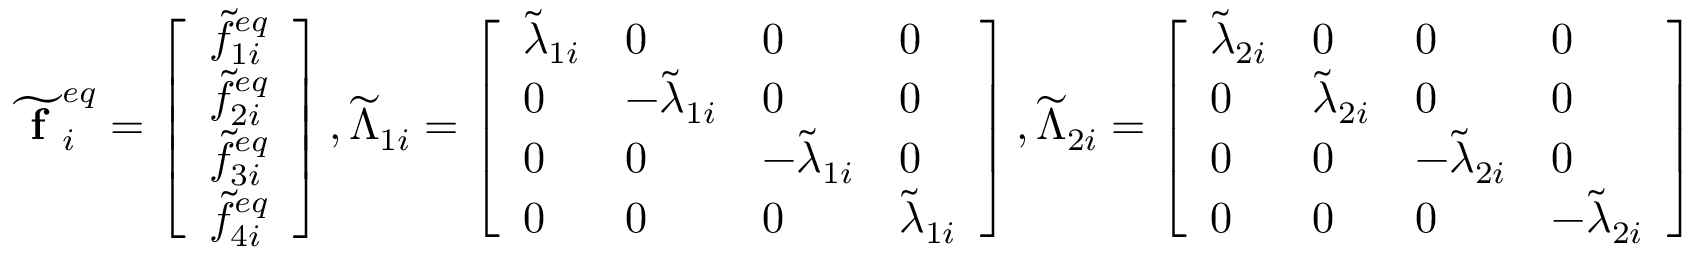
\widetilde { \textbf { f } } _ { i } ^ { e q } = \left[ \begin{array} { l } { \widetilde { f } _ { 1 i } ^ { e q } } \\ { \widetilde { f } _ { 2 i } ^ { e q } } \\ { \widetilde { f } _ { 3 i } ^ { e q } } \\ { \widetilde { f } _ { 4 i } ^ { e q } } \end{array} \right] , \widetilde { \Lambda } _ { 1 i } = \left[ \begin{array} { l l l l } { \widetilde { \lambda } _ { 1 i } } & { 0 } & { 0 } & { 0 } \\ { 0 } & { - \widetilde { \lambda } _ { 1 i } } & { 0 } & { 0 } \\ { 0 } & { 0 } & { - \widetilde { \lambda } _ { 1 i } } & { 0 } \\ { 0 } & { 0 } & { 0 } & { \widetilde { \lambda } _ { 1 i } } \end{array} \right] , \widetilde { \Lambda } _ { 2 i } = \left[ \begin{array} { l l l l } { \widetilde { \lambda } _ { 2 i } } & { 0 } & { 0 } & { 0 } \\ { 0 } & { \widetilde { \lambda } _ { 2 i } } & { 0 } & { 0 } \\ { 0 } & { 0 } & { - \widetilde { \lambda } _ { 2 i } } & { 0 } \\ { 0 } & { 0 } & { 0 } & { - \widetilde { \lambda } _ { 2 i } } \end{array} \right]